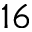
1 6